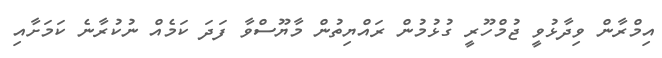
އިމްރާން ވިދާޅުވީ ޖުމްހޫރީ ގުޅުމުން ރައްޔިތުން މާޔޫސްވާ ފަދަ ކަމެއް ނުކުރާނެ ކަމަށާއި